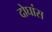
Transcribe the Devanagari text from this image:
दोघांस